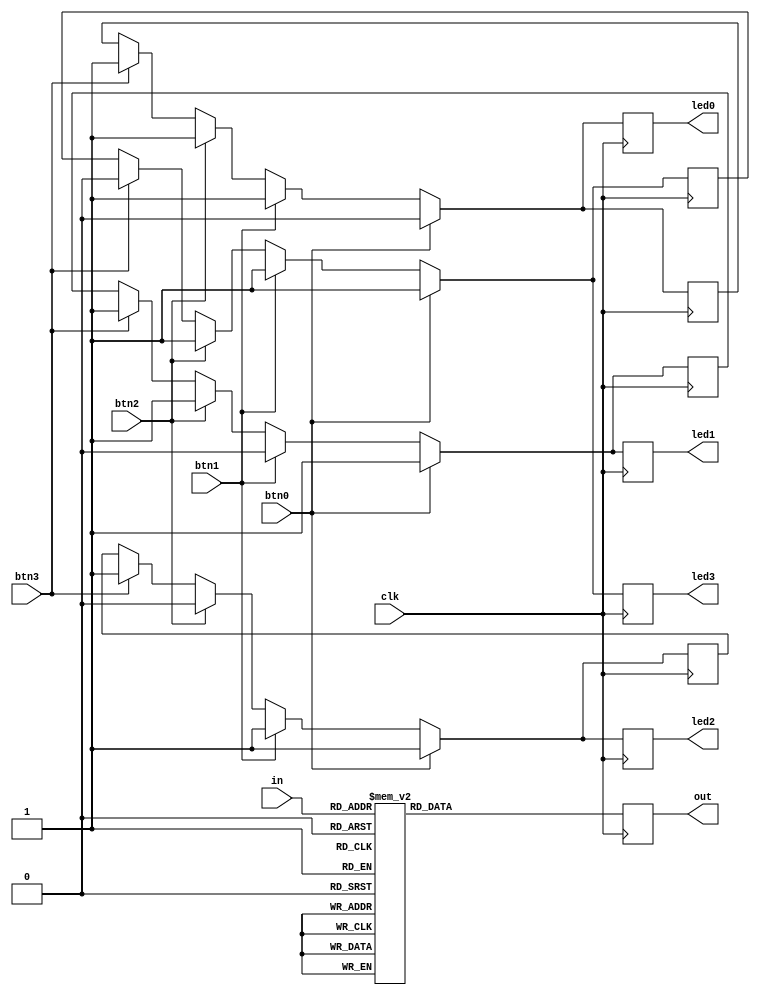
module PruebaSeleccion(out, in, clk, btn0, btn1, btn2, btn3, led0, led1, led2, led3);
   output reg [6:0] out;
   input wire [3:0] in;
   input wire clk;
   input wire btn0;
   input wire btn1;
   input wire btn2;
   input wire btn3;
   output reg led0;
   output reg led1;
   output reg led2;
   output reg led3;
   reg ledAux0;
   reg ledAux1;
   reg ledAux2;
   reg ledAux3;
always @(posedge clk)
	begin
		if(btn0 == 1)
			begin
				ledAux0 = 0;
				ledAux1 = 1;
				ledAux2 = 1;
				ledAux3 = 1;
			end
		else if (btn1 == 1)
			begin
				ledAux0 = 1;
				ledAux1 = 0;
				ledAux2 = 1;
				ledAux3 = 1;
			end
		else if (btn2 == 1)
			begin
				ledAux0 = 1;
				ledAux1 = 1;
				ledAux2 = 0;
				ledAux3 = 1;
			end
		else if (btn3 == 1)
			begin
				ledAux0 = 1;
				ledAux1 = 1;
				ledAux2 = 1;
				ledAux3 = 0;
			end
		led0 = ledAux0;
		led1 = ledAux1;
		led2 = ledAux2;
		led3 = ledAux3;
		case (in)
			4'h0: out = 7'b1000000;
			4'h1: out = 7'b1111001;
			4'h2: out = 7'b0100100;
			4'h3: out = 7'b0110000;
			4'h4: out = 7'b0011001;
			4'h5: out = 7'b0010010;
			4'h6: out = 7'b0000010;
			4'h7: out = 7'b1111000;
			4'h8: out = 7'b0000000;
			4'h9: out = 7'b0010000;
			4'hA: out = 7'b0001000;
			4'hB: out = 7'b0000011;
			4'hC: out = 7'b1000110;
			4'hD: out = 7'b0100001;
			4'hE: out = 7'b0000110;
			4'hF: out = 7'b0001110;
			default: out = 7'b100000;
		endcase
	end
endmodule